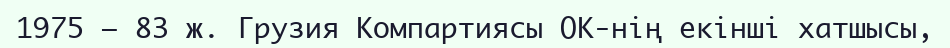
1975 – 83 ж. Грузия Компартиясы ОК-нің екінші хатшысы,